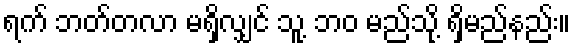
ရက် ဘတ်တလာ မရှိလျှင် သူ့ ဘဝ မည်သို့ ရှိမည်နည်း။